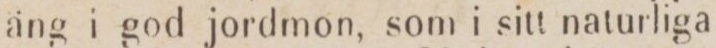
äng i god jordmon, som i sitt naturliga